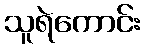
သူရဲကောင်း